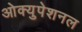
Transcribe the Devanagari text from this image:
ओक्युपेशनल